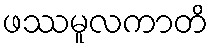
ဖဿမူလကာတိ